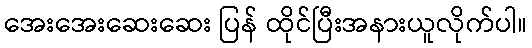
အေးအေးဆေးဆေး ပြန် ထိုင်ပြီးအနားယူလိုက်ပါ။